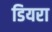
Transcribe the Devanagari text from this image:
डियरा